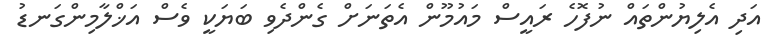
އަދި އެލިޔުންތައް ނުފޮހެ ރައީސް މައުމޫން އެތަނަށް ގެންދެވި ބަޔަކީ ވެސް އަޚްލާމިންގަނޑު